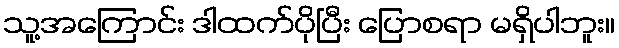
သူ့အကြောင်း ဒါထက်ပိုပြီး ပြောစရာ မရှိပါဘူး။